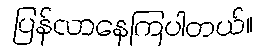
ပြန်လာနေကြပါတယ်။